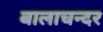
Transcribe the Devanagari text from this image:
बालाचन्दर